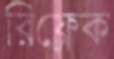
রিফ্লেক